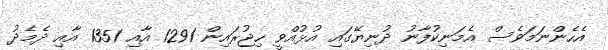
އެހެންނަމަވެސް އެމަނިކުފާނު ދުނިޔޭގައި އުޅުއްވީ ހިޖުރައިން 1291 އާއި 1351 އާއި ދެމެދު